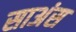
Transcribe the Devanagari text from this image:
साअंस